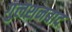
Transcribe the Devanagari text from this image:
गुलशनबाद